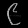
Digit: ၉